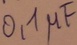
Text: 0,1µF